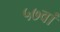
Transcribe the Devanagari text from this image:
५७वां